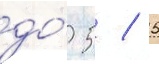
до́ 5 / 5